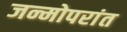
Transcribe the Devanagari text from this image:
जन्मोपरांत